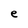
Character: e